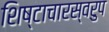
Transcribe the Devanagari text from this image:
शिष्टाचारस्वरुप